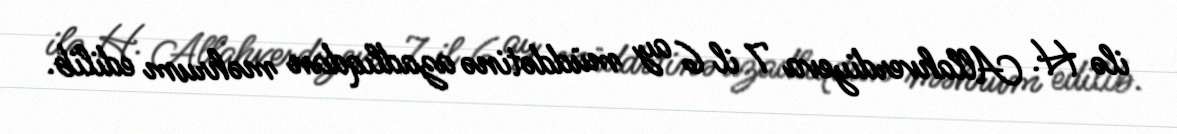
ilə H. Allahverdiyeva 7 il 6 ay müddətinə azadlıqdan məhrum edilib.